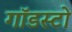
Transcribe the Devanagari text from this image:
गॉडस्टो